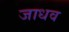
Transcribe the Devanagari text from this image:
जाधव